Vaccination United Provinces of Agra and Oudh 1923-1928 - 1923-1928
Year: 1923
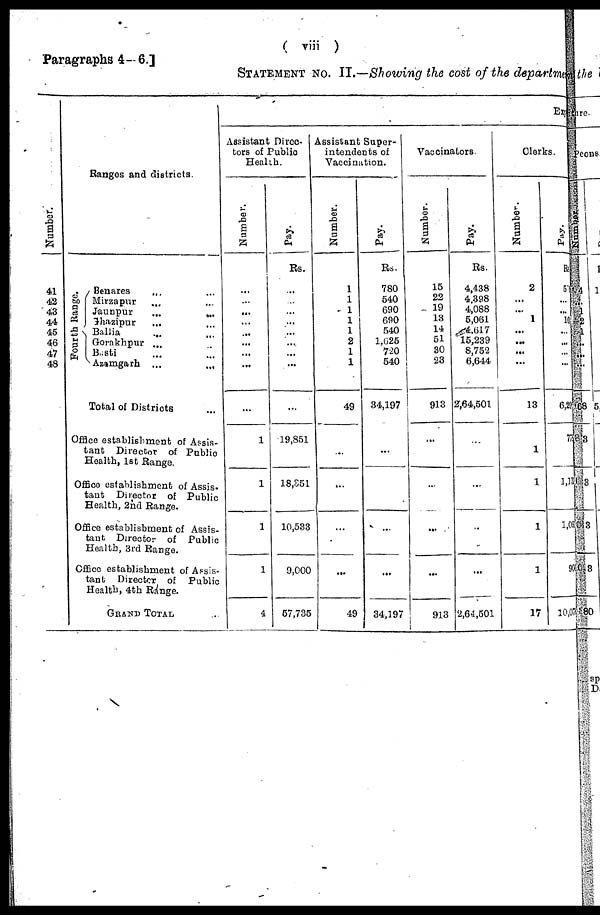
( viii )
Paragraphs 4-6.]
STATEMENT NO. II.—Showing the cost of the department
Number.
41
42
43
44
45
46
47
48
Ranges and districts
Four t
h Range.
Benares ... ...
Mirzapur
... ...
Jaunpur
...
...
Ghazipur ... ...
Ballia ... ...
Gorakhpur ... ...
Basti ... ...
Azamgarh ...
Total of Districts ...
Office establishment of Assis-
tant Director of Public
Health, 1st Range.
Office establishment of Assis¬
tant Director of Public
Health, 2nd Range.
Office establishment of Assis¬
tant Director of Public
Health, 3rd Range.
Office establishment of Assis¬
tant Director of Public
Health, 4th Range.
GRAND TOTAL ...
Exp
Assistant Direc-
tors of Public
Health.
Number.
...
...
...
...
...
...
...
...
1
1
1
1
4
Pay.
Rs.
...
...
...
...
...
...
...
...
19,851
18,351
10,533
9,000
57,735
Assistant Super-
intendents of
Vaccination.
Number.
1
1
1
1
1
2
1
1
49
...
...
...
...
49
Pay.
Rs.
780
540
690
690
540
1,025
720
640
34,197
...
...
...
...
34,197
Vaccinators.
Number.
15
22
19
13
14
51
30
23
913
...
...
...
...
913
Pay.
Rs.
4,438
4,398
4,088
5,061
4,617
15,239
8,752
6,644
2,64,501
...
...
...
...
2,64,501
Clerks.
Number.
2
...
...
1
...
...
...
...
13
1
1
1
1
17
Pay.
Rs.
5
...
...
1
...
...
...
...
6,
...
1,
1
...
10